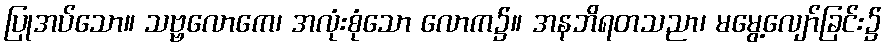
ပြုအပ်သော။ သဗ္ဗလောကေ၊ အလုံးစုံသော လောက၌။ အနဘိရတသညာ၊ မမွေ့လျော်ခြင်း၌